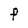
Character: F